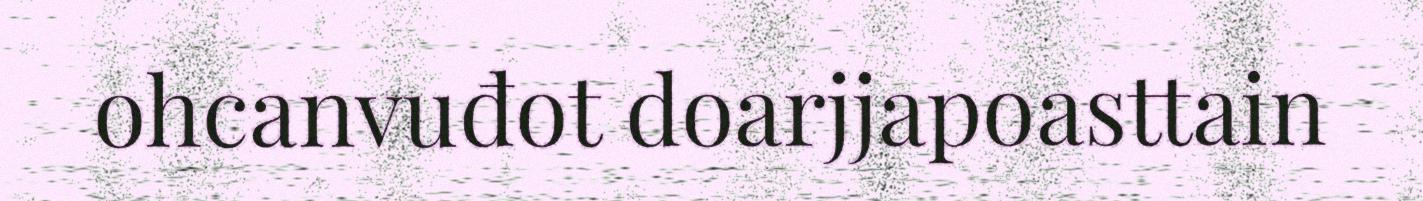
ohcanvuđot doarjjapoasttain